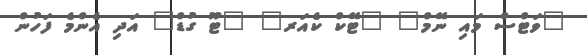
"ވަޓްސް މައި ނޭމް" "ޓޭކް ކެއަރ" "ޓޫ ގުޑް" އަދި އެންމެ ފަހުން